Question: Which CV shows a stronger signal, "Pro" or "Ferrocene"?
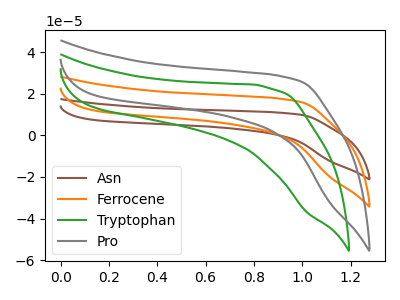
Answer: <think>The brown curve "Asn" has no peaks. The orange curve "Ferrocene" has no peaks. The green curve "Tryptophan" has no peaks. The gray curve "Pro" has no peaks.
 Neither "Pro" or "Ferrocene" have any peaks.</think>
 <answer>I cant tell if "Pro" or "Ferrocene" has more signal.</answer>
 <eval>mixed_signal</eval>